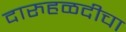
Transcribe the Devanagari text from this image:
दारुहळदीचा